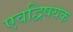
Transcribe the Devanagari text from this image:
एवद्विषयक